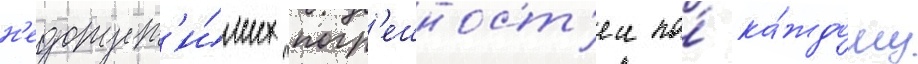
н'едопуст'и́мых погр'ешност'еи по́ ка́ждому